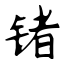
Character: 锗